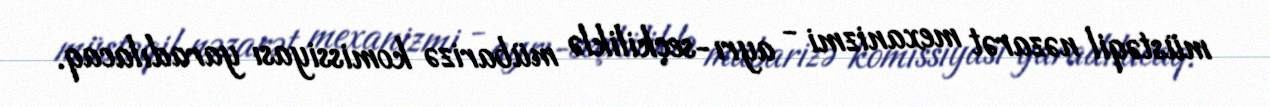
müstəqil nəzarət mexanizmi - ayrı-seçkiliklə mübarizə komissiyası yaradılacaq.